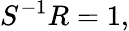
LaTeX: S^{-1}R=1,